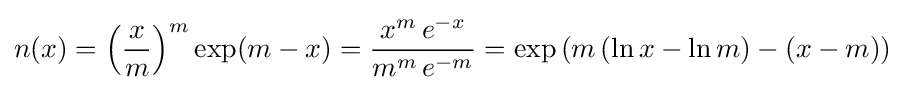
n(x)=\left({\frac {x}{m}}\right)^{m}\exp(m-x)={\frac {x^{m}\,e^{-x}}{m^{m}\,e^{-m}}}=\exp \left(m\,(\ln x-\ln m)-(x-m)\right)